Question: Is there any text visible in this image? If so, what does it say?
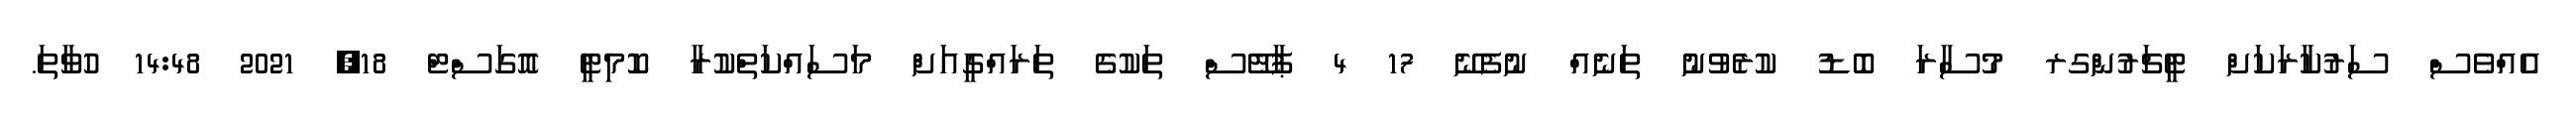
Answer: އެއްވެސް ސަރުކާރަކަށް ޓީޗަރުންގރ މުސާރަ ބޮޑު ކުރެވުނު ތަނެއް ނުފެނޭ 17 4 ޕާޓޭސް ތަކުގެ ތަރައްގީއަށް މަސައްކަތްކުރާ ކޮމިޓީ އޮގަސްޓް 18, 2021 14:48 ހުވާތަ.